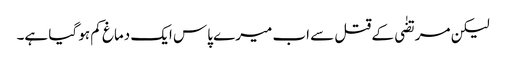
لیکن مرتضٰی کے قتل سے اب میرے پاس ایک دماغ کم ہو گیا ہے۔